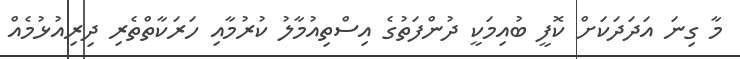
މާ ގިނަ އަދަދަކަށް ކޮފީ ބުއިމަކީ ދުންފަތުގެ އިސްތިއުމާލު ކުރުމާއި ހަރަކާތްތެރި ދިރިއުޅުމެއް